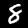
Digit: 8